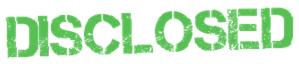
DISCLOSED